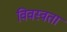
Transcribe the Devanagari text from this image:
विवस्वता